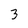
Character: 3